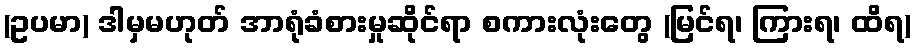
(ဥပမာ) ဒါမှမဟုတ် အာရုံခံစားမှုဆိုင်ရာ စကားလုံးတွေ (မြင်ရ၊ ကြားရ၊ ထိရ)